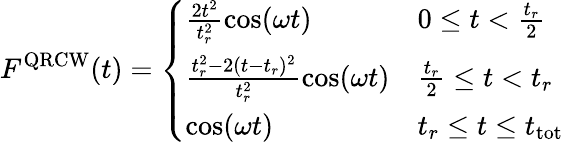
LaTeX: F^{\mathrm{QRCW}}(t)=\left\{ \begin{array}{ll}{\frac{2t^{2}}{t_{r}^{2}}\cos(\omega t)}&{0\leq t<\frac{t_{r}}{2}}\\ {\frac{t_{r}^{2}-2(t-t_{r})^{2}}{t_{r}^{2}}\cos(\omega t)}&{\frac{t_{r}}{2}\leq t<t_{r}}\\ {\cos(\omega t)}&{t_{r}\leq t\leq t_{\mathrm{tot}}}\end{array}\right.